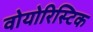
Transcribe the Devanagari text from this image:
वोयोरिस्टिक